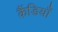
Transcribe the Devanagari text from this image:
कैंडियाँ